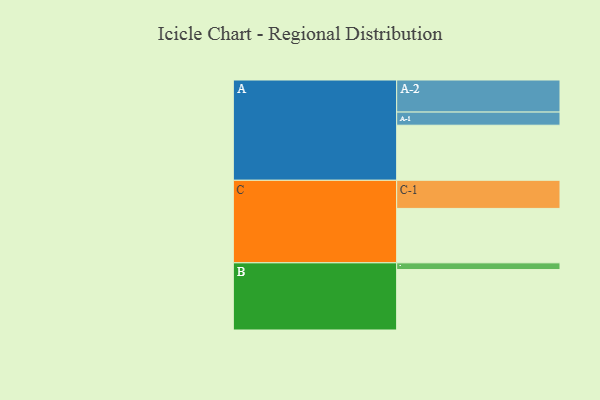
{"axis": {"x": "Segment", "y": "Value"}, "legend": ["", "A", "B", "C"], "data": [{"x": "A", "y": 419, "type": ""}, {"x": "B", "y": 460, "type": ""}, {"x": "C", "y": 414, "type": ""}, {"x": "A-1", "y": 100, "type": "A"}, {"x": "A-2", "y": 244, "type": "A"}, {"x": "B-1", "y": 51, "type": "B"}, {"x": "C-1", "y": 214, "type": "C"}]}